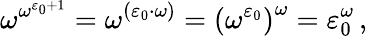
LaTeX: \omega^{\omega^{\varepsilon_{0}+1}}=\omega^{(\varepsilon_{0}\cdot\omega)}={(\omega^{\varepsilon_{0}})}^{\omega}=\varepsilon_{0}^{\omega}\, ,